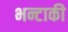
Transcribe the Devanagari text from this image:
भन्टाकी